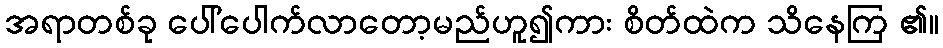
အရာတစ်ခု ပေါ်ပေါက်လာတော့မည်ဟူ၍ကား စိတ်ထဲက သိနေကြ ၏။